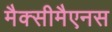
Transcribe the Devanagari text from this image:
मैक्सीमैएनस